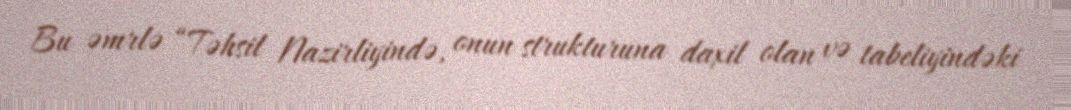
Bu əmrlə “Təhsil Nazirliyində, onun strukturuna daxil olan və tabeliyindəki